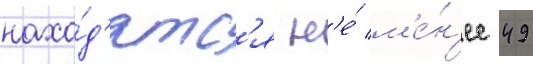
нахо́д'ятс'я н'е́ м'е́н'ее 49